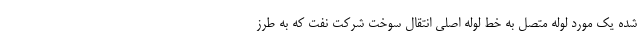
شده یک مورد لوله متصل به خط لوله اصلی انتقال سوخت شرکت نفت که به طرز